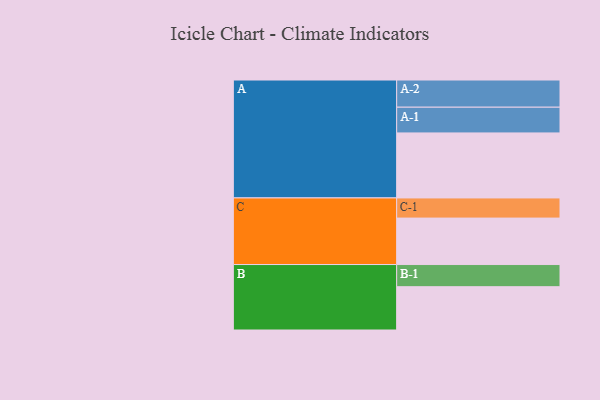
{"axis": {"x": "Segment", "y": "Value"}, "legend": ["", "A", "B", "C"], "data": [{"x": "A", "y": 581, "type": ""}, {"x": "B", "y": 387, "type": ""}, {"x": "C", "y": 415, "type": ""}, {"x": "A-1", "y": 230, "type": "A"}, {"x": "A-2", "y": 243, "type": "A"}, {"x": "B-1", "y": 198, "type": "B"}, {"x": "C-1", "y": 180, "type": "C"}]}